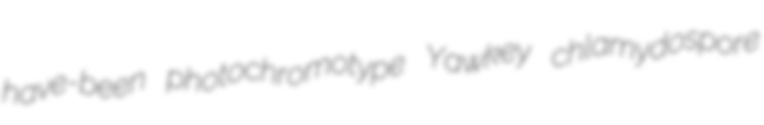
have-been photochromotype Yawkey chlamydospore